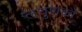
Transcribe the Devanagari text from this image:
लघुणकों